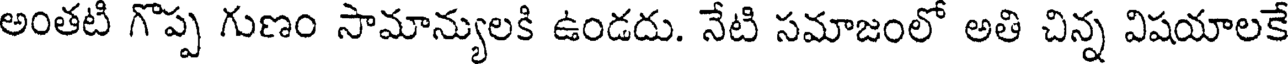
అంతటి గొప్ప గుణం సామాన్యులకి ఉండదు. నేటి సమాజంలో అతి చిన్న విషయాలకే